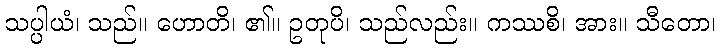
သပ္ပါယံ၊ သည်။ ဟောတိ၊ ၏။ ဥတုပိ၊ သည်လည်း။ ကဿစိ၊ အား။ သီတော၊